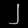
Digit: ၂